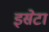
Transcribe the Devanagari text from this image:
इसेटा